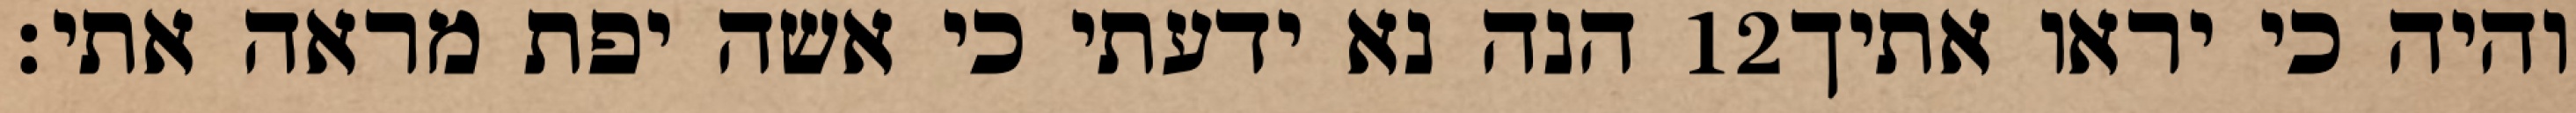
הנה נא ידעתי כי אשה יפת מראה אתי׃ ‎12‏ והיה כי יראו אתיך